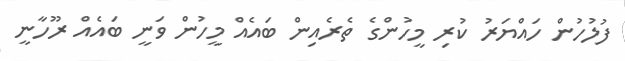
ފުލުހުން ހައްޔަރު ކުރި މީހުންގެ ތެރެއިން ބައެއް މީހުން ވަނީ ބައެއް ރޫހާނީ